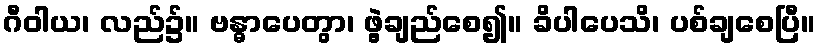
ဂီဝါယ၊ လည်၌။ ဗန္ဓာပေတွာ၊ ဖွဲ့ချည်စေ၍။ ခိပါပေသိ၊ ပစ်ချစေပြီ။